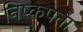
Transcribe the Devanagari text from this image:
निष्कपता